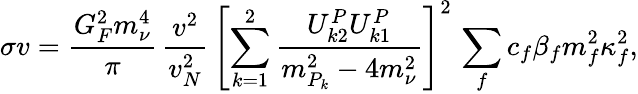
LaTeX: \sigma v=\frac{G_{F}^{2}m_{\nu}^{4}}{\pi}\, \frac{v^{2}}{v_{N}^{2}}\, \left[\sum_{k=1}^{2}\frac{U_{k2}^{P}U_{k1}^{P}}{m_{P_{k}}^{2}-4m_{\nu}^{2}}\right]^{2}\, \sum_{f}c_{f}\beta_{f}m_{f}^{2}\kappa_{f}^{2},